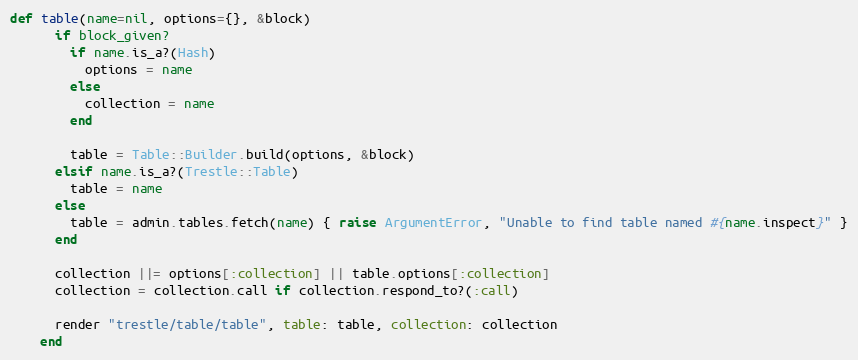
Language: Ruby
def table(name=nil, options={}, &block)
      if block_given?
        if name.is_a?(Hash)
          options = name
        else
          collection = name
        end

        table = Table::Builder.build(options, &block)
      elsif name.is_a?(Trestle::Table)
        table = name
      else
        table = admin.tables.fetch(name) { raise ArgumentError, "Unable to find table named #{name.inspect}" }
      end

      collection ||= options[:collection] || table.options[:collection]
      collection = collection.call if collection.respond_to?(:call)

      render "trestle/table/table", table: table, collection: collection
    end